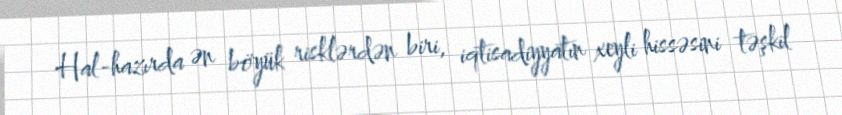
Hal-hazırda ən böyük risklərdən biri, iqtisadiyyatın xeyli hissəsini təşkil